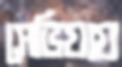
সেভিয়ায়